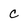
Character: C